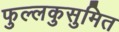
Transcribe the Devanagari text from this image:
फुल्लकुसुमित